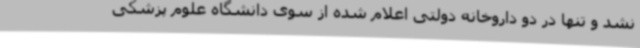
نشد و تنها در دو داروخانه دولتی اعلام شده از سوی دانشگاه علوم پزشکی